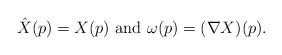
LaTeX: \begin{align*}\hat X(p) = X(p) \mbox{ and } \omega(p)= (\nabla X )(p).\end{align*}